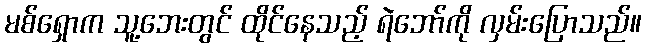
မစ်ရှောက သူ့ဘေးတွင် ထိုင်နေသည့် ရဲဘော်ကို လှမ်းပြောသည်။